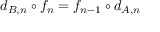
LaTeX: d _ { B , n } \circ f _ { n } = f _ { n - 1 } \circ d _ { A , n }